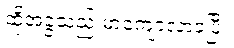
ထိုအခွံသည် မာကျောလာခဲ့ပြီ။